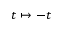
t \mapsto - t